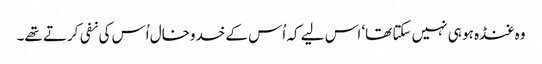
وہ غنڈہ ہو ہی نہیں سکتا تھا‘ اس لیے کہ اُس کے خدوخال اُس کی نفی کرتے تھے۔